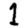
Digit: 1